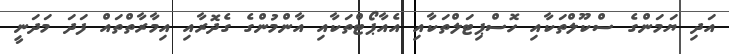
އަދި ޔަމަންގެ ސްކޫލްތަކާއި ހޮސްޕިޓަލްތަކާއި އެއާޕޯޓްތަކާއި އާންމުންގެ ގެދޮރާއި އިމާރާތްތައް ފަދަ މަދަނީ